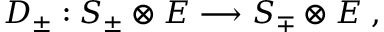
D _ { \pm } : S _ { \pm } \otimes E \longrightarrow S _ { \mp } \otimes E \; ,